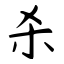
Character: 杀